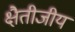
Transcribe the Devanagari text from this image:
क्षैतीजीय